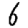
Digit: 6